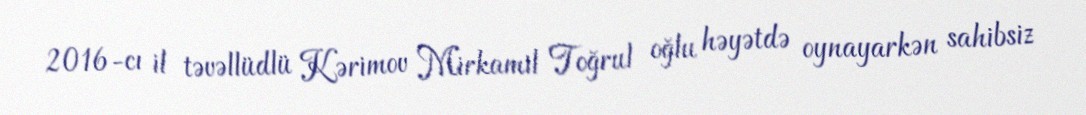
2016-cı il təvəllüdlü Kərimov Mirkamil Toğrul oğlu həyətdə oynayarkən sahibsiz